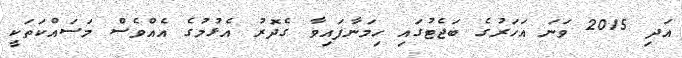
އަދި 2015 ވަނަ އަހަރުގެ ބަޖެޓުގައި ހިމަނާފައިވާ ގެދޮރު އެޅުމުގެ އެއްވެސް މަސައްކަތަކީ